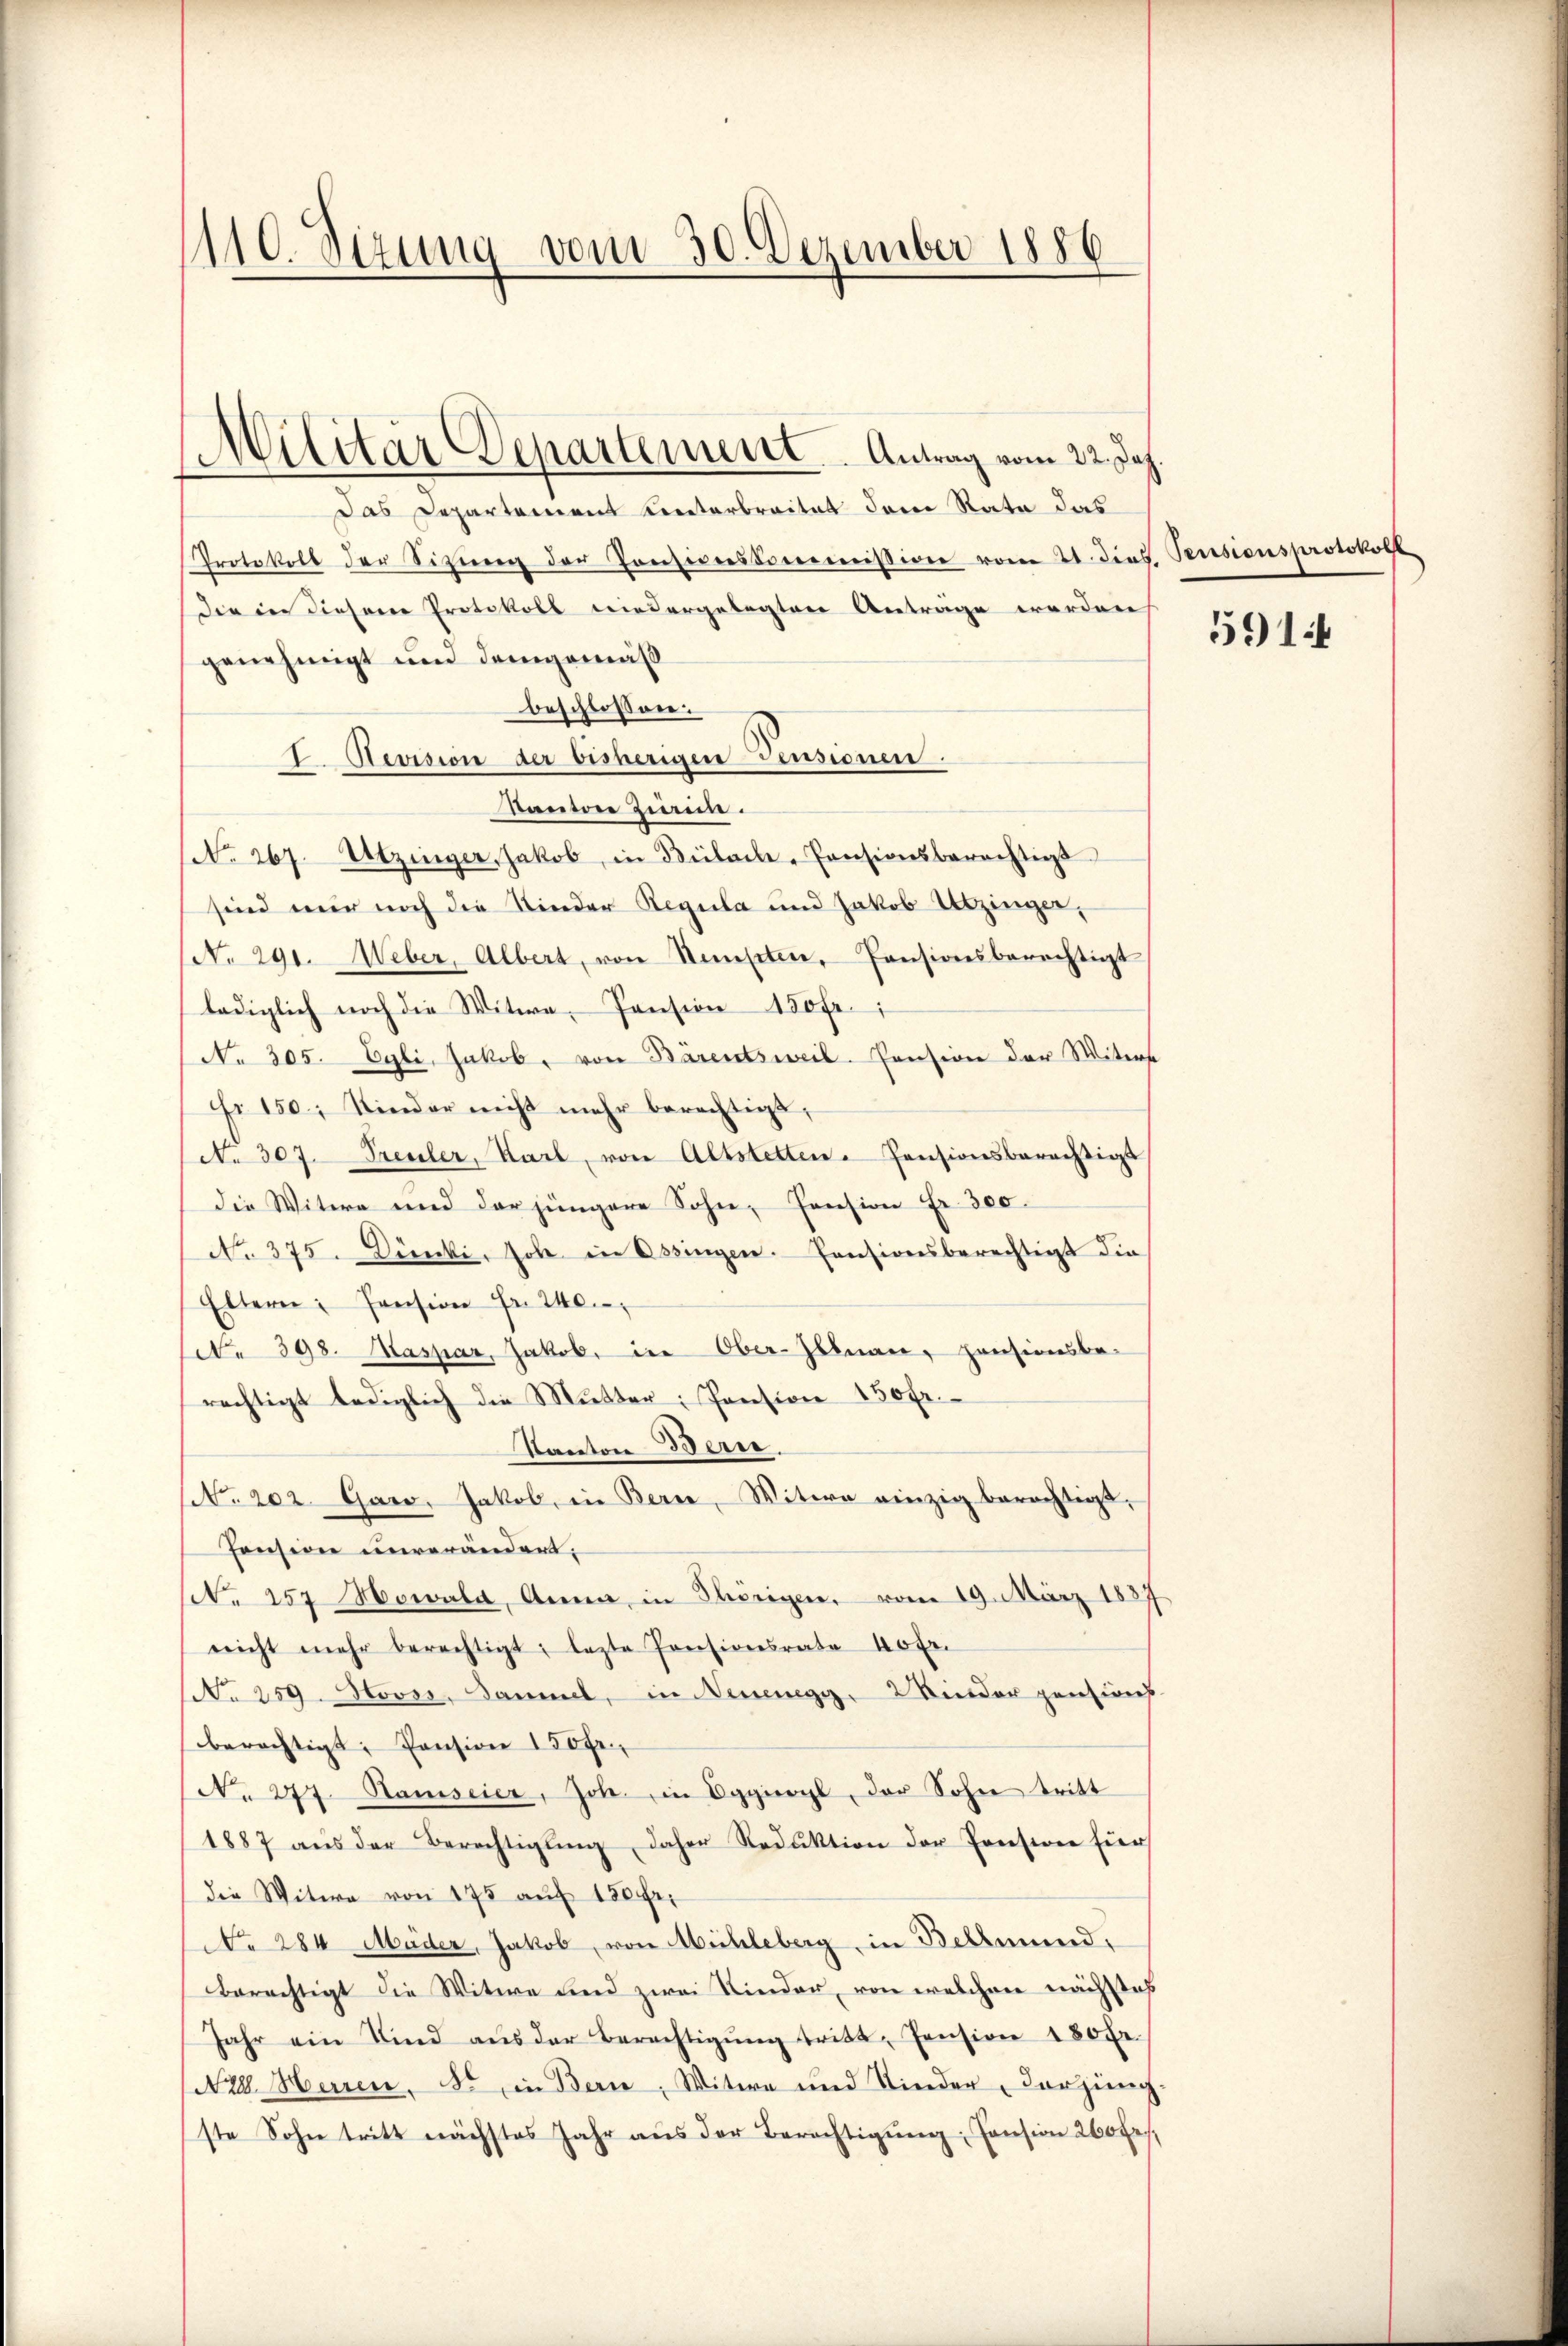
1110. Sizung vom 30. Dezember 1886

Militär Departement. Antrag vom 22. Joh.

Das Departement Literbreitet dann Rate das
Protokoll der Sitzŭng der Ponticiskommißion vom 21. dies. Pensionsprotokoll
Die in diesem Protokoll niedergelegten Anträge werden
genehmigt und demgemäß
beschlossen:
I. Revision der bisherigen Pensionen.
Kanton Zierin.
No. 267. Utzinger, Jakob, in Bülach-Consionsberechtigs
sind nur noch die Kinder Regula und Jakob Utzinger,
(No. 291. Weber, Albert, von Stempten, Pensionsberechtigt
lediglich noch die Witwe, Pension 150 Fr.
No 305. Egli, Jakob, von Bärentsweil. Consion der Witwe
Fr. 150. Kinder nicht mehr berechtigt,
No 307. Freuler, Karl, von Altstetten-Pensionsberechtigt
die Witwe und der jüngere Sohn, Pension Fr. 300.
No. 375. Dünki, Job in Ossingen. Pensionsberechtigt die
Eltern: Pension Fr. 240.
(c. 398. Kaspar, Jakob, in Ober-Illnau, pensionsbe-
rechtigt lediglich die Mutter, Pension 150 fr.
Kanton Bern.
NNo. 202. Garo, Jakob, in Bern, Witwe einzig berechtigt,
Pension unverändert;
(. 257 Morala, Anna, in Thörigen, vom 19. März 1887
nicht mehr berechtigt, lezte Pensionsrate 40 fr.
No 259. Novss, Sammel, in Neuenegg, 2 Kinder pensions-
berechtigt, Pension 150 fr.,
No 277. Hamscier, Joh. in Oggioyl der Sohn tritt
1887 aŭs der Berechtigŭng daher Reduktion der Pension für
die Witwe von 175 auf 120 Fr.
No 284 Mäder, Jakob, von Mühleberg, in Bellmund,
berechtigt die Witwe und zwei Kinder, von welchen nächstes
Jahr ein Sind aŭs der Berechtigŭng tritt, Pension 180 Fr.
NXII. Herren, So in Bern, Witwe und Kinder, derjenig-
ste Sohn tritt nächstes Jahr aŭs der Berechtigŭng: Consion 260 fr.,

591